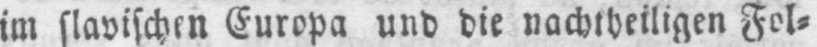
im slavischen Europa und die nachtheiligen Fol⸗